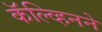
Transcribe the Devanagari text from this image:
कॅल्व्हिनने